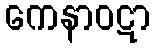
ကေနာဝဋာ